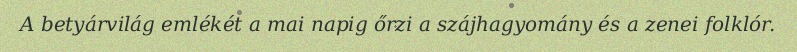
A betyárvilág emlékét a mai napig őrzi a szájhagyomány és a zenei folklór.